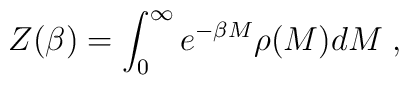
Z(\beta )=\int_{0}^{\infty }e^{-\beta M}\rho (M)dM\;,